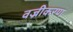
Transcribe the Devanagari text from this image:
वज्रीकरण